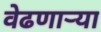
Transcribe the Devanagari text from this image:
वेढणार्‍या